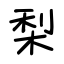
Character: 梨